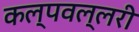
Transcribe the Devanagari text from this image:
कल्पवल्लरी